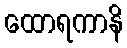
ထောရကာနိ